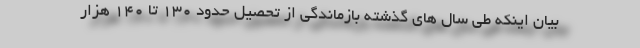
بیان اینکه طی سال های گذشته بازماندگی از تحصیل حدود ۱۳۰ تا ۱۴۰ هزار